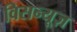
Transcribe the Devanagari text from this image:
विसन्यूज़